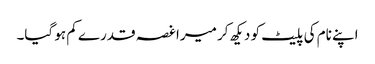
اپنے نام کی پلیٹ کو دیکھ کر میرا غصہ قدرے کم ہو گیا۔